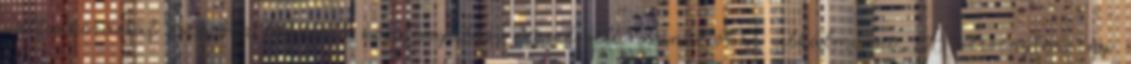
vállalkozással szemben lehetett közigazgatási természetű szankciókat alkalmazni. A versenytörvény